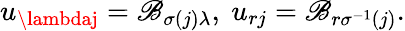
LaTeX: u_{\lambdaj}=\mathscr{B}_{\sigma(j)\lambda},\ u_{rj}=\mathscr{B}_{r\sigma^{-1}(j)}.